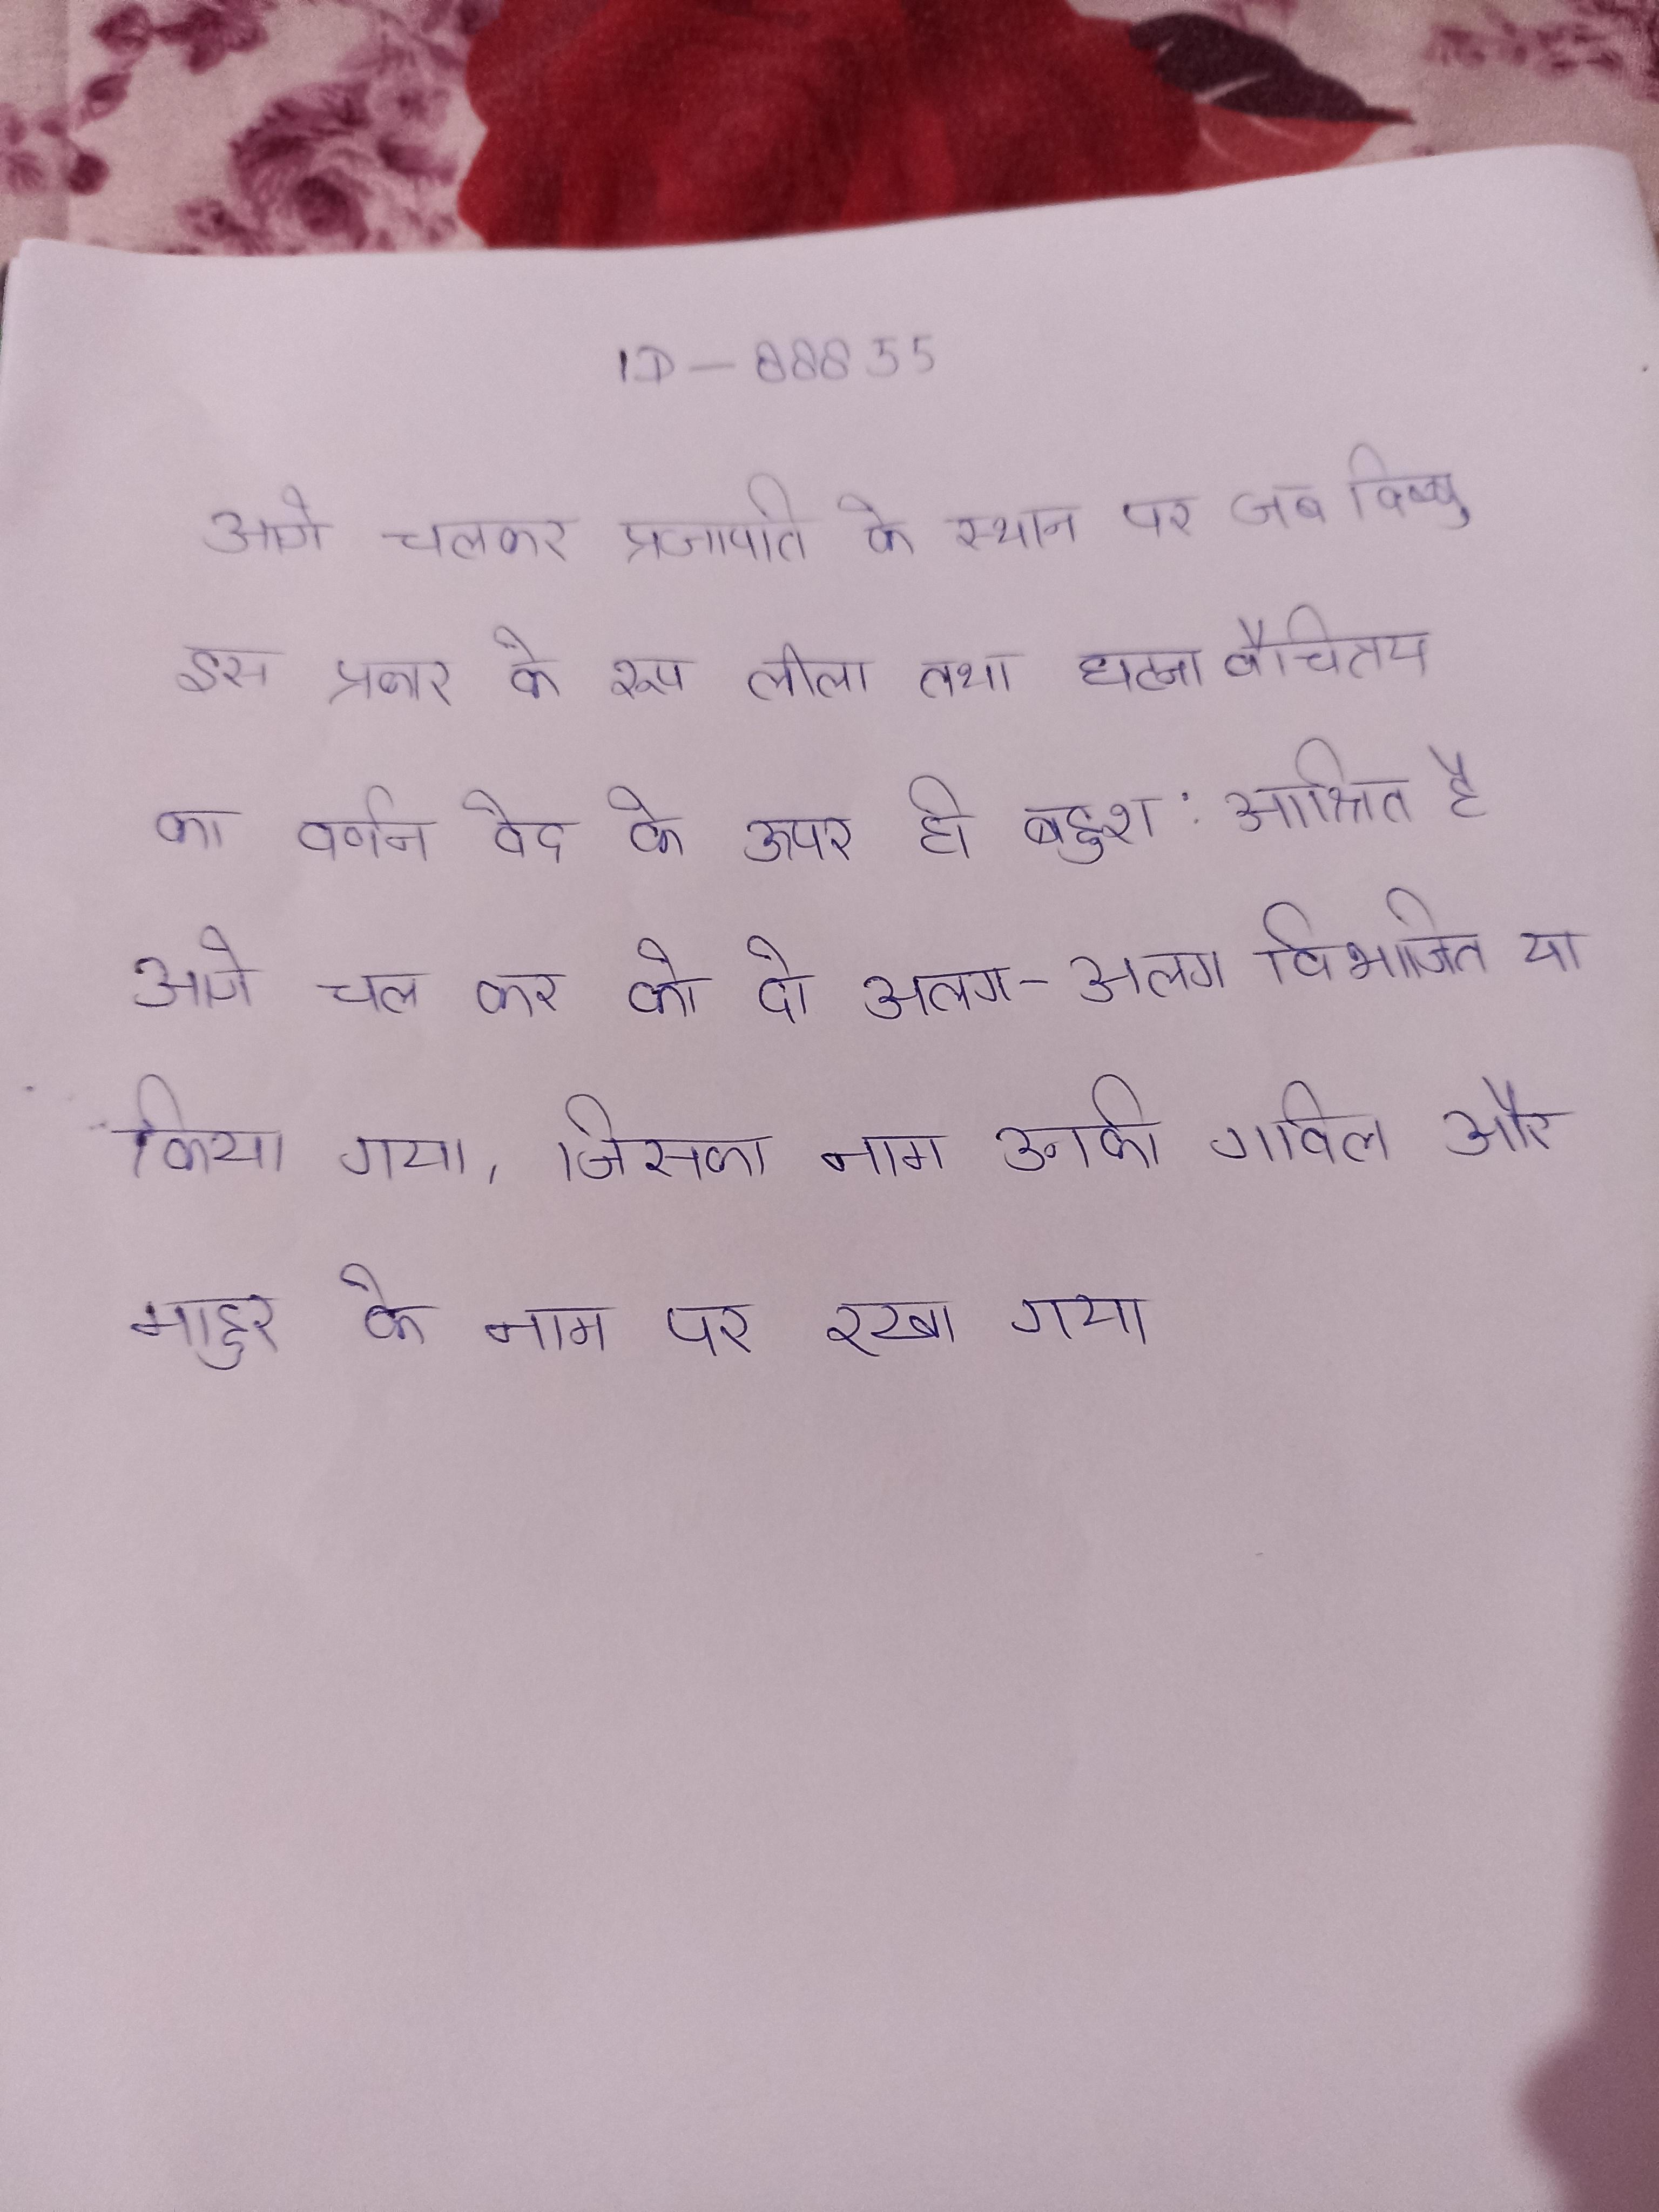
आगे चलकर प्रजापति के स्थान पर जब विष्णु इस प्रकार के रूप, लीला तथा घटनावैचित्रय का वर्णन वेद के ऊपर ही बहुश: आश्रित है । आगे चल कर को दो अलग-अलग विभाजित या किया गया, जिसका नाम उनकी गाविल और माहुर के नाम पर रखा गया ।